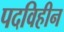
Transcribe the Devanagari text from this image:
पदविहीन